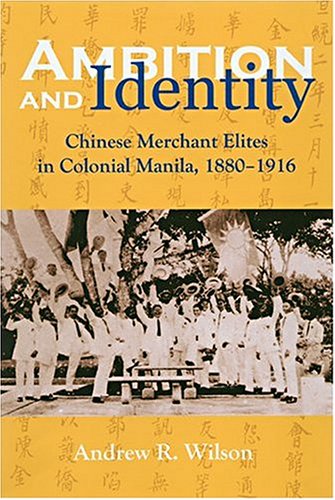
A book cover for Ambition and Identity: Chinese Merchant Elites in Colonial Manila, 1880-1916; Andrew R. Wilson; History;